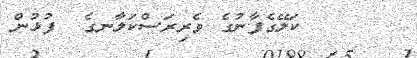
١      ކަލޭގެފާނުގެ ވެރިރަސްކަލާނގެ  ފުޅުން